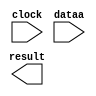
// megafunction wizard: %ALTFP_CONVERT%VBB%
// GENERATION: STANDARD
// VERSION: WM1.0
// MODULE: ALTFP_CONVERT 

// ============================================================
// Megafunction Name(s):
// 			ALTFP_CONVERT
//
// Simulation Library Files(s):
// 			lpm
// ============================================================
// ************************************************************
// THIS IS A WIZARD-GENERATED FILE. DO NOT EDIT THIS FILE!
//
// 18.1.0 Build 625 09/12/2018 SJ Standard Edition
// ************************************************************

//Copyright (C) 2018  Intel Corporation. All rights reserved.
//Your use of Intel Corporation's design tools, logic functions 
//and other software and tools, and its AMPP partner logic 
//functions, and any output files from any of the foregoing 
//(including device programming or simulation files), and any 
//associated documentation or information are expressly subject 
//to the terms and conditions of the Intel Program License 
//Subscription Agreement, the Intel Quartus Prime License Agreement,
//the Intel FPGA IP License Agreement, or other applicable license
//agreement, including, without limitation, that your use is for
//the sole purpose of programming logic devices manufactured by
//Intel and sold by Intel or its authorized distributors.  Please
//refer to the applicable agreement for further details.

module short_to_float (
	clock,
	dataa,
	result)/* synthesis synthesis_clearbox = 1 */;

	input	  clock;
	input	[15:0]  dataa;
	output	[31:0]  result;

endmodule

// ============================================================
// CNX file retrieval info
// ============================================================
// Retrieval info: LIBRARY: altera_mf altera_mf.altera_mf_components.all
// Retrieval info: PRIVATE: INTENDED_DEVICE_FAMILY STRING "Cyclone IV E"
// Retrieval info: CONSTANT: INTENDED_DEVICE_FAMILY STRING "Cyclone IV E"
// Retrieval info: CONSTANT: LPM_HINT STRING "UNUSED"
// Retrieval info: CONSTANT: LPM_TYPE STRING "altfp_convert"
// Retrieval info: CONSTANT: OPERATION STRING "INT2FLOAT"
// Retrieval info: CONSTANT: ROUNDING STRING "TO_NEAREST"
// Retrieval info: CONSTANT: WIDTH_DATA NUMERIC "16"
// Retrieval info: CONSTANT: WIDTH_EXP_INPUT NUMERIC "8"
// Retrieval info: CONSTANT: WIDTH_EXP_OUTPUT NUMERIC "8"
// Retrieval info: CONSTANT: WIDTH_INT NUMERIC "16"
// Retrieval info: CONSTANT: WIDTH_MAN_INPUT NUMERIC "23"
// Retrieval info: CONSTANT: WIDTH_MAN_OUTPUT NUMERIC "23"
// Retrieval info: CONSTANT: WIDTH_RESULT NUMERIC "32"
// Retrieval info: USED_PORT: clock 0 0 0 0 INPUT NODEFVAL "clock"
// Retrieval info: CONNECT: @clock 0 0 0 0 clock 0 0 0 0
// Retrieval info: USED_PORT: dataa 0 0 16 0 INPUT NODEFVAL "dataa[15..0]"
// Retrieval info: CONNECT: @dataa 0 0 16 0 dataa 0 0 16 0
// Retrieval info: USED_PORT: result 0 0 32 0 OUTPUT NODEFVAL "result[31..0]"
// Retrieval info: CONNECT: result 0 0 32 0 @result 0 0 32 0
// Retrieval info: GEN_FILE: TYPE_NORMAL short_to_float.v TRUE FALSE
// Retrieval info: GEN_FILE: TYPE_NORMAL short_to_float.qip TRUE FALSE
// Retrieval info: GEN_FILE: TYPE_NORMAL short_to_float.bsf TRUE TRUE
// Retrieval info: GEN_FILE: TYPE_NORMAL short_to_float_inst.v TRUE TRUE
// Retrieval info: GEN_FILE: TYPE_NORMAL short_to_float_bb.v TRUE TRUE
// Retrieval info: GEN_FILE: TYPE_NORMAL short_to_float.inc TRUE TRUE
// Retrieval info: GEN_FILE: TYPE_NORMAL short_to_float.cmp TRUE TRUE
// Retrieval info: LIB_FILE: lpm